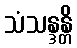
သံသန္ဒန္တိ